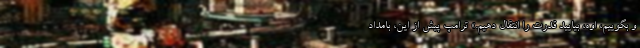
و بگوییم، اوه، بیایید قدرت را انتقال دهیم.» ترامپ پیش از این، بامداد